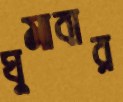
ঘুমাবার